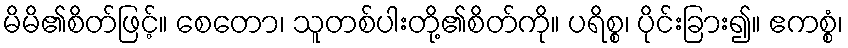
မိမိ၏စိတ်ဖြင့်။ စေတော၊ သူတစ်ပါးတို့၏စိတ်ကို။ ပရိစ္စ၊ ပိုင်းခြား၍။ ဧကစ္စံ၊